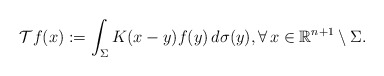
\begin{align*}{\mathcal{T}}f(x):=\int_\Sigma K(x-y)f(y)\,d{\sigma}(y),\forall\,x\in{\mathbb{R}}^{n+1}\setminus \Sigma.\end{align*}